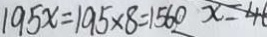
1 9 5 x = 1 9 5 \times 8 = 1 5 6 0 x = 4